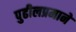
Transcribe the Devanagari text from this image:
पुढीलप्रमाने